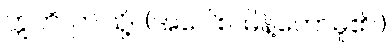
ဣတိ၊ ဤသို့။ (အဝေါစ၊ မိန့်တော်မူ၏။)